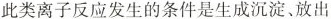
此类离子反应发生的条件是生成沉淀、放出